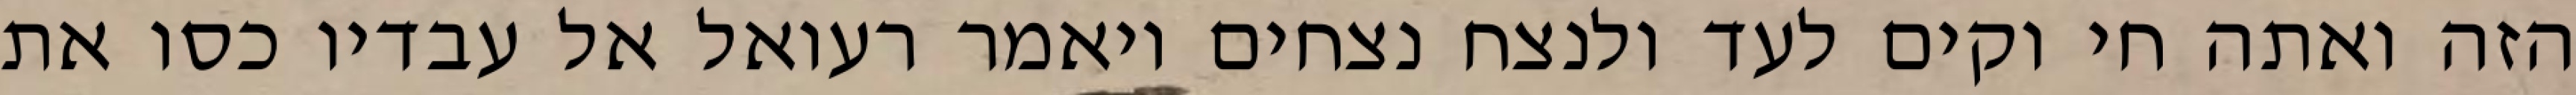
הזה ואתה חי וקים לעד ולנצח נצחים ויאמר רעואל אל עבדיו כסו את